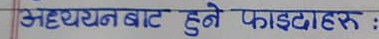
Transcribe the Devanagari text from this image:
अध्ययनबाट हुने फाइदाहरु :